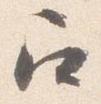
召